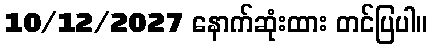
10/12/2027 နောက်ဆုံးထား တင်ပြပါ။